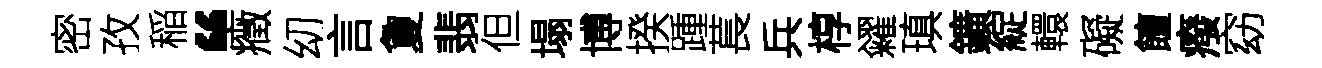
密孜稲“癥㓜言夐翡但塌博揆踵萇兵椁糴瑱鑛綻轘礙饘癈窈